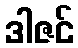
ဒါဇင်